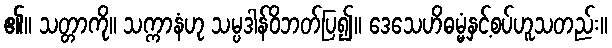
၏။ သတ္တာကို။ သက္ကာနံဟု သမ္ပဒါန်ဝိဘတ်ပြ၍။ ဒေသေဟိဓမ္မံနှင့်စပ်ဟူသတည်း။